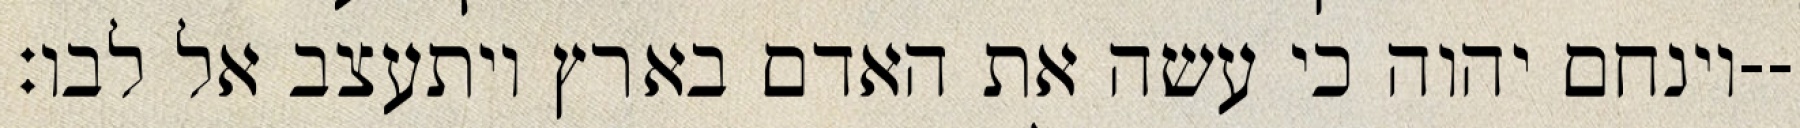
וינחם יהוה כי עשה את האדם בארץ ויתעצב אל לבו׃--